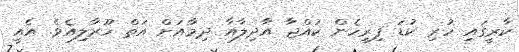
ކާރީގައި ހުރި ކުޑަ ފިރިހެން ކުއްޖާ އާދިލާއާ ދިމާއަށް އަތް ހޫރާލިއެވެ. އެއީ